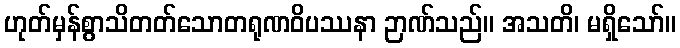
ဟုတ်မှန်စွာသိတတ်သောတရုဏဝိပဿနာ ဉာဏ်သည်။ အသတိ၊ မရှိသော်။